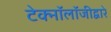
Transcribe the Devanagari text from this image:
टेक्‍नॉलॉजीद्वारे